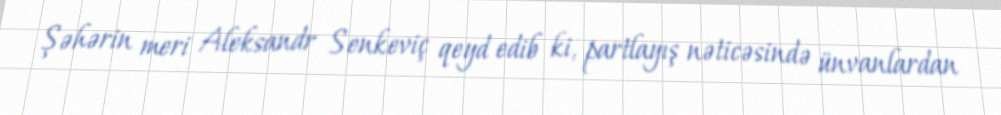
Şəhərin meri Aleksandr Senkeviç qeyd edib ki, partlayış nəticəsində ünvanlardan